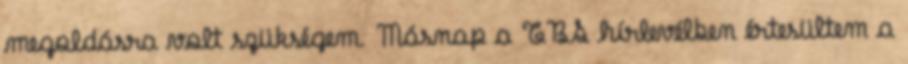
megoldásra volt szükségem. Másnap a TBS hírlevélben értesültem a